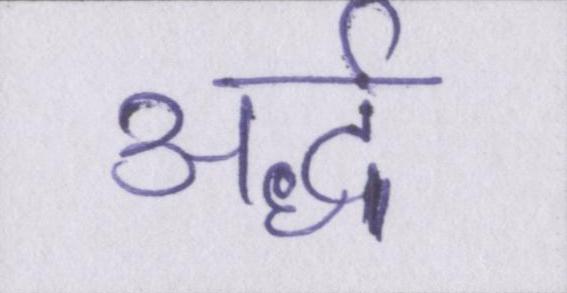
अर्द्ध